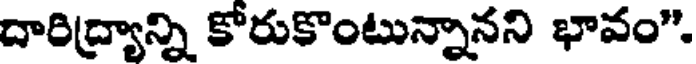
దారిద్ర్యాన్ని కోరుకొంటున్నానని భావం".